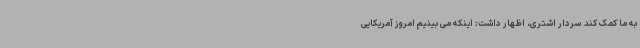
به ما کمک کند سردار اشتری، اظهار داشت: اینکه می بینیم امروز آمریکایی